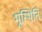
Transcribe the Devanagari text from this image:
भूस्थिति